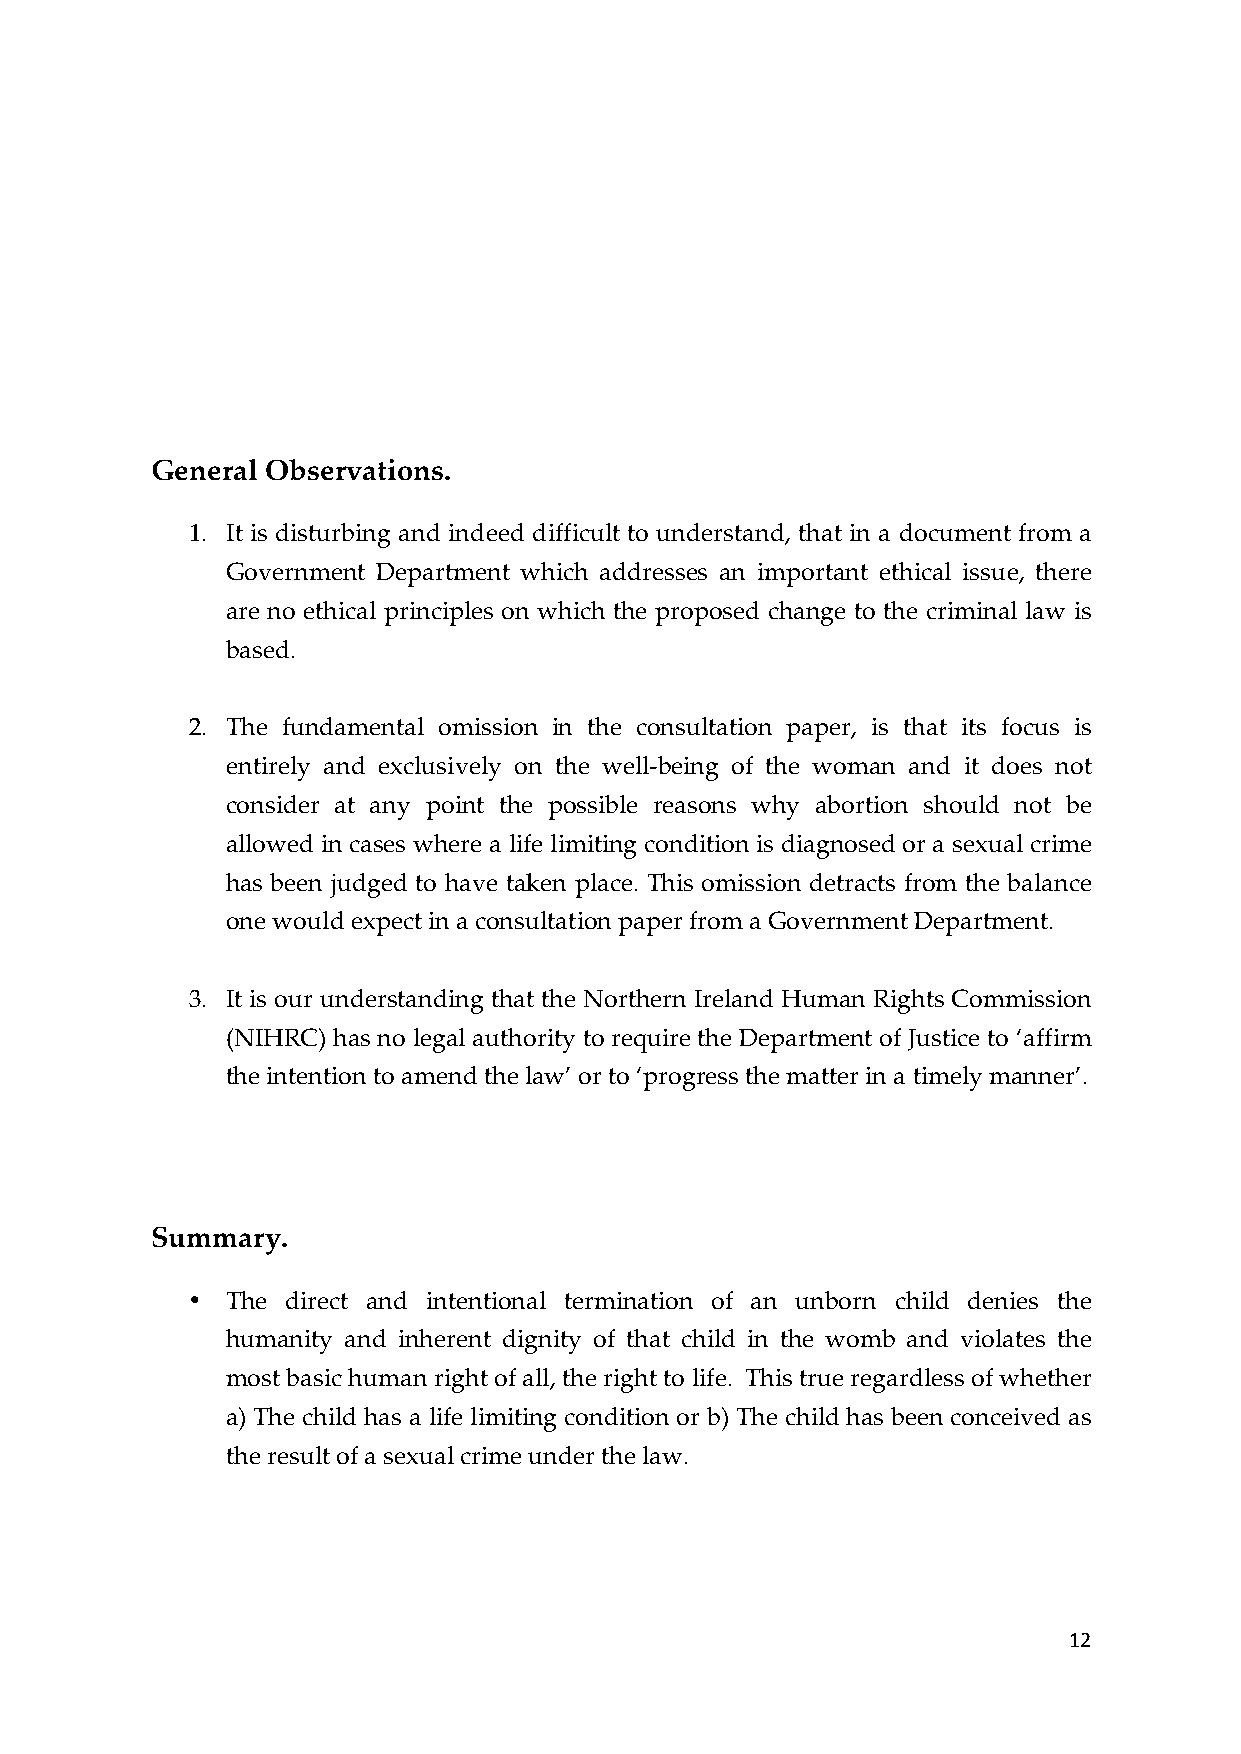
General Observations.
 1. It is disturbing and indeed difficult to understand, that in a document from a
 Government Department which addresses an important ethical issue, there
 are no ethical principles on which the proposed change to the criminal law is
 based.
 2. The fundamental omission in the consultation paper, is that its focus is
 entirely and exclusively on the well-­‐‑being of the woman and it does not
 consider at any point the possible reasons why abortion should not be
 allowed in cases where a life limiting condition is diagnosed or a sexual crime
 has been judged to have taken place. This omission detracts from the balance
 one would expect in a consultation paper from a Government Department.
 3. It is our understanding that the Northern Ireland Human Rights Commission
 (NIHRC) has no legal authority to require the Department of Justice to ‘affirm
 the intention to amend the law’ or to ‘progress the matter in a timely manner’.
 Summary.
 •  The direct and intentional termination of an unborn child denies the
 humanity and inherent dignity of that child in the womb and violates the
 most basic human right of all, the right to life. This true regardless of whether
 a) The child has a life limiting condition or b) The child has been conceived as
 the result of a sexual crime under the law.
 12